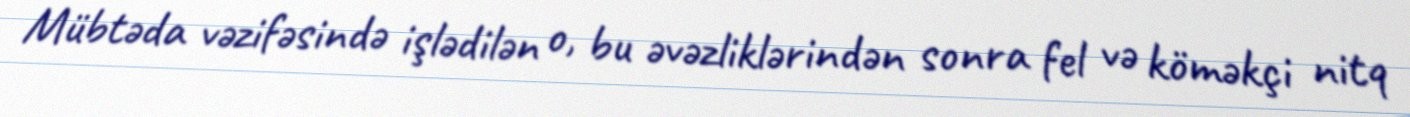
Mübtəda vəzifəsində işlədilən o, bu əvəzliklərindən sonra fel və köməkçi nitq